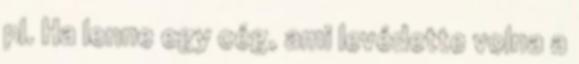
pl. Ha lenne egy cég, ami levédette volna a